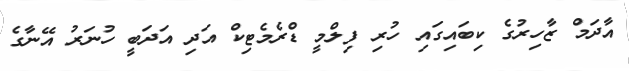
އާދަމް ޒާހިރުގެ ކިބައިގައި ހުރި ފިލްމީ ޑްރެމެޓިކް އަދި އަދަބީ ހުނަރު އޭނާގެ